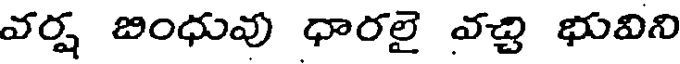
వర్ష బింధువు ధారలై వచ్చి భువిని